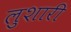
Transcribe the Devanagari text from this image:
लुशारी